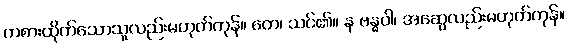
ကစားထိုက်သောသူလည်းမဟုတ်ကုန်။ တေ၊ သင်၏။ န ဗန္ဓဝါ၊ အဆွေလည်းမဟုတ်ကုန်။